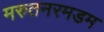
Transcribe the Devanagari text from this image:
मरुतनरमडम